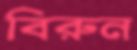
বিরুন